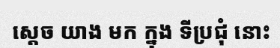
ស្តេច យាង មក ក្នុង ទីប្រជុំ នោះ